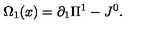
\Omega _ { 1 } ( x ) = \partial _ { 1 } \Pi ^ { 1 } - J ^ { 0 } .